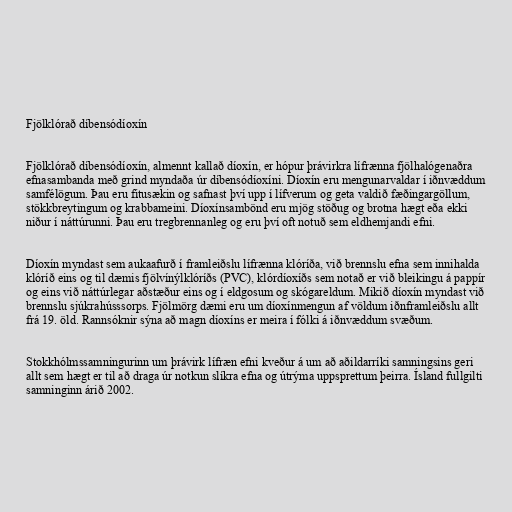
Fjölklórað díbensódíoxín

Fjölklórað díbensódíoxín, almennt kallað díoxín, er hópur þrávirkra lífrænna fjölhalógenaðra
efnasambanda með grind myndaða úr díbensódíoxíni. Díoxín eru mengunarvaldar í iðnvæddum
samfélögum. Þau eru fitusækin og safnast því upp í lífverum og geta valdið fæðingargöllum,
stökkbreytingum og krabbameini. Díoxínsambönd eru mjög stöðug og brotna hægt eða ekki
niður í náttúrunni. Þau eru tregbrennanleg og eru því oft notuð sem eldhemjandi efni.

Díoxín myndast sem aukaafurð í framleiðslu lífrænna klóríða, við brennslu efna sem innihalda
klóríð eins og til dæmis fjölvínýlklóríðs (PVC), klórdíoxíðs sem notað er við bleikingu á pappír
og eins við náttúrlegar aðstæður eins og í eldgosum og skógareldum. Mikið díoxín myndast við
brennslu sjúkrahússsorps. Fjölmörg dæmi eru um díoxínmengun af völdum iðnframleiðslu allt
frá 19. öld. Rannsóknir sýna að magn díoxíns er meira í fólki á iðnvæddum svæðum.

Stokkhólmssamningurinn um þrávirk lífræn efni kveður á um að aðildarríki samningsins geri
allt sem hægt er til að draga úr notkun slíkra efna og útrýma uppsprettum þeirra. Ísland fullgilti
samninginn árið 2002.